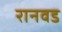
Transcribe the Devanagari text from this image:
रानवड